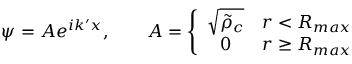
\psi = A e ^ { i k ^ { \prime } x } , \qquad A = \left\{ \begin{array} { c c } { \sqrt { \tilde { \rho } _ { c } } } & { r < R _ { m a x } } \\ { 0 } & { r \ge R _ { m a x } } \end{array} \right.